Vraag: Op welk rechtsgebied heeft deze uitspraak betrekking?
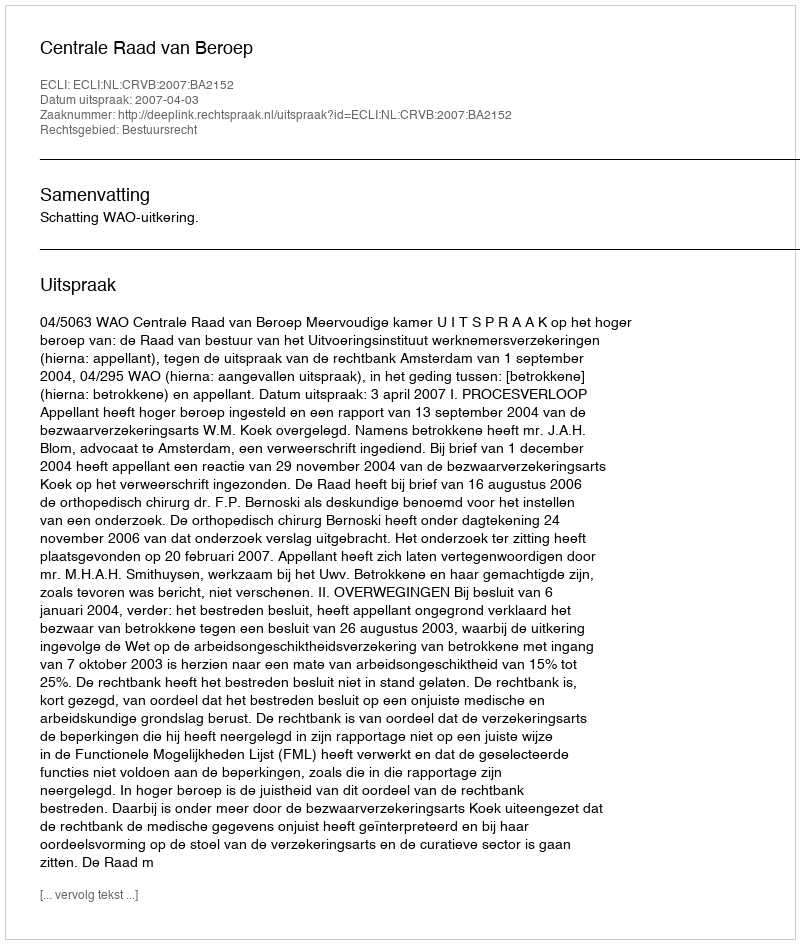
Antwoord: Bestuursrecht